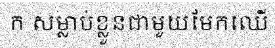
ក សម្លាប់ខ្លួនជាមួយមែកឈើ